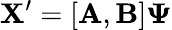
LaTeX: \mathbf{X}^{\prime}=[\mathbf{A},\mathbf{B}]\boldsymbol{\Psi}